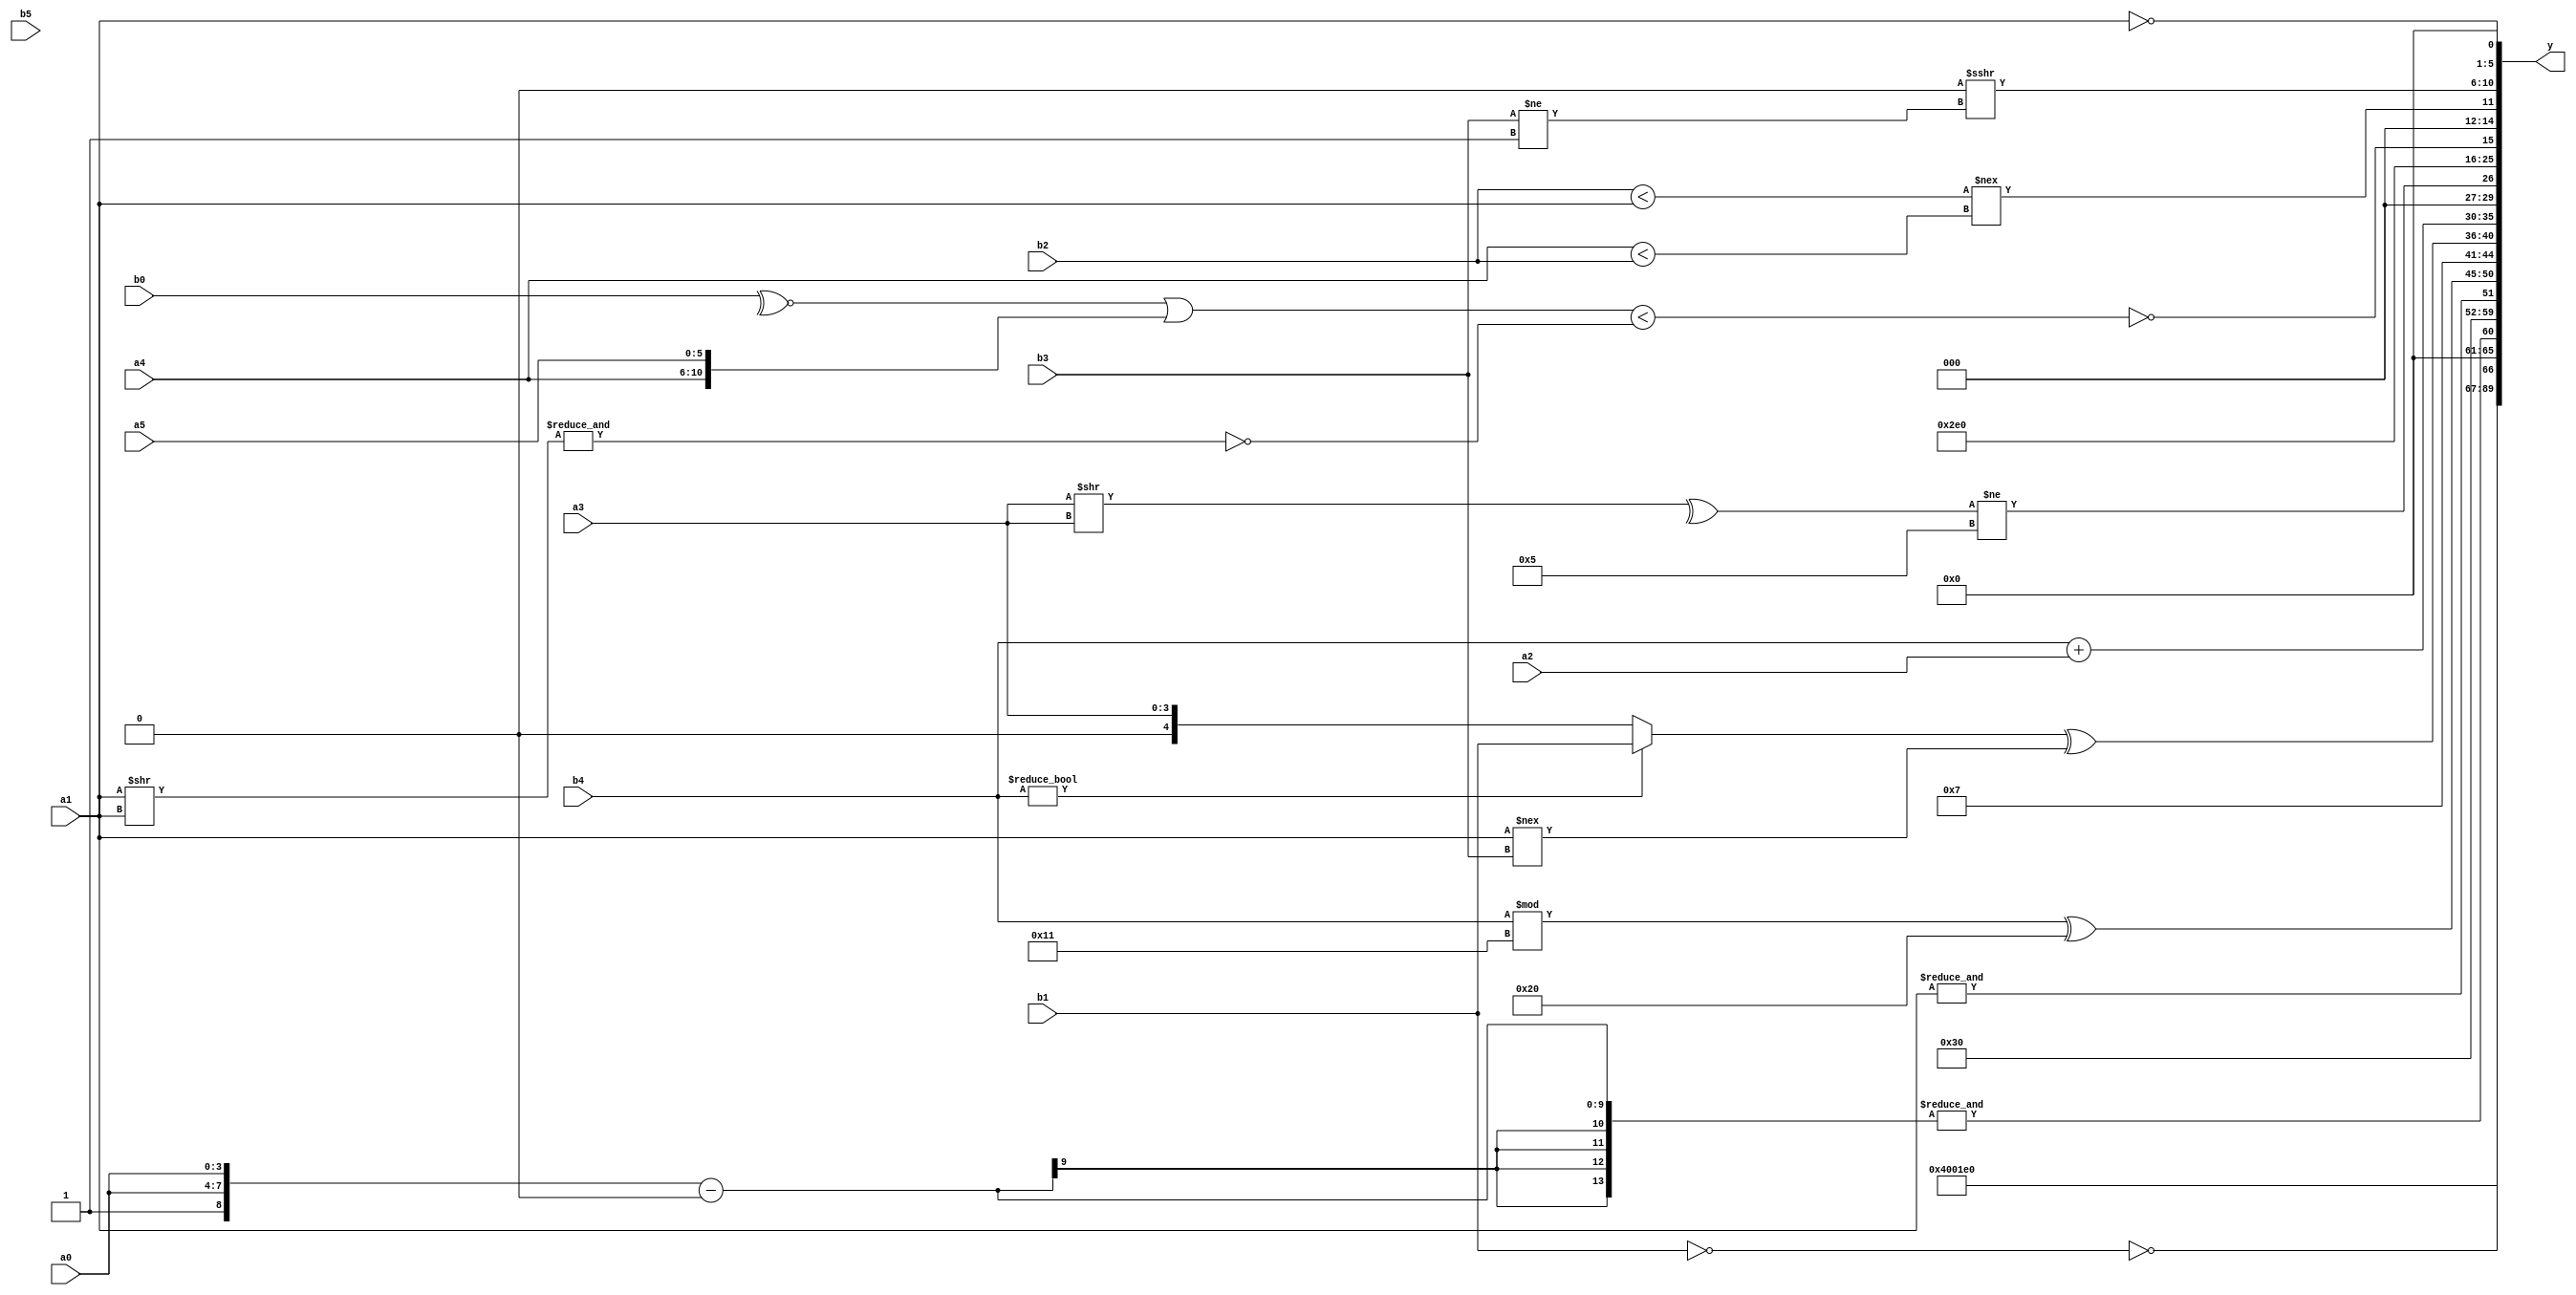
module expression_00997(a0, a1, a2, a3, a4, a5, b0, b1, b2, b3, b4, b5, y);
  input [3:0] a0;
  input [4:0] a1;
  input [5:0] a2;
  input signed [3:0] a3;
  input signed [4:0] a4;
  input signed [5:0] a5;

  input [3:0] b0;
  input [4:0] b1;
  input [5:0] b2;
  input signed [3:0] b3;
  input signed [4:0] b4;
  input signed [5:0] b5;

  wire [3:0] y0;
  wire [4:0] y1;
  wire [5:0] y2;
  wire signed [3:0] y3;
  wire signed [4:0] y4;
  wire signed [5:0] y5;
  wire [3:0] y6;
  wire [4:0] y7;
  wire [5:0] y8;
  wire signed [3:0] y9;
  wire signed [4:0] y10;
  wire signed [5:0] y11;
  wire [3:0] y12;
  wire [4:0] y13;
  wire [5:0] y14;
  wire signed [3:0] y15;
  wire signed [4:0] y16;
  wire signed [5:0] y17;

  output [89:0] y;
  assign y = {y0,y1,y2,y3,y4,y5,y6,y7,y8,y9,y10,y11,y12,y13,y14,y15,y16,y17};

  localparam [3:0] p0 = ((5'sd0)<<<(-3'sd2));
  localparam [4:0] p1 = ((~&({4{(5'sd13)}}===((2'd0)==(2'd0))))!=(((2'd1)<=(3'd4))!=(&{3{(3'sd1)}})));
  localparam [5:0] p2 = {{(-3'sd2),(3'sd3),(-5'sd13)},(|{(-4'sd6)})};
  localparam signed [3:0] p3 = ({(-5'sd13),((4'd11)===(-3'sd3))}<<{((3'd7)<<<(4'd9)),{{1{(4'd8)}}}});
  localparam signed [4:0] p4 = (!(2'sd0));
  localparam signed [5:0] p5 = (-3'sd2);
  localparam [3:0] p6 = (({(3'd2),(2'sd1),(-3'sd0)}||(~&(3'd4)))-{1{(((3'd0)^~(2'd1))==((2'sd0)>=(-2'sd1)))}});
  localparam [4:0] p7 = {2{(-3'sd3)}};
  localparam [5:0] p8 = (~^(((-2'sd0)?(5'd19):(5'd24))?((2'd0)&&(5'd26)):((2'sd1)?(5'd23):(-5'sd12))));
  localparam signed [3:0] p9 = (|{3{(4'd0)}});
  localparam signed [4:0] p10 = (4'd2 * ((2'd0)<(3'd6)));
  localparam signed [5:0] p11 = (2'd3);
  localparam [3:0] p12 = {1{(((2'd1)?(2'sd1):(-3'sd2))?((3'd6)?(-4'sd3):(3'd4)):((4'd15)?(4'd5):(3'd4)))}};
  localparam [4:0] p13 = {4{((-2'sd1)^(4'd14))}};
  localparam [5:0] p14 = {(((4'd3)>>((4'sd3)!=(2'sd1)))<=(((-4'sd2)^(4'sd4))>((4'sd2)!=(3'd2))))};
  localparam signed [3:0] p15 = (2'sd0);
  localparam signed [4:0] p16 = (-3'sd0);
  localparam signed [5:0] p17 = (-3'sd3);

  assign y0 = (5'sd8);
  assign y1 = (-2'sd0);
  assign y2 = ((^(~^p3)));
  assign y3 = (5'd14);
  assign y4 = (~|((!b1)<<(&p10)));
  assign y5 = (&({p14,a0,a0}-(^(p13+p11))));
  assign y6 = ((5'sd2)|{1{((p5>=p5)!={2{p12}})}});
  assign y7 = (+(~^(&(~&({$unsigned((|(~^{(~(~(~&a1)))})))})))));
  assign y8 = (((&(4'sd6))?(-5'sd12):(b4%p13))^((5'sd1)<<(-3'sd3)));
  assign y9 = {3{((|(-3'sd3)))}};
  assign y10 = ((b4?b1:a3)^(a1!==b3));
  assign y11 = {1{{3{{2{(b4+a2)}}}}}};
  assign y12 = ((+$signed((^(a3>>a3))))!=(4'sd5));
  assign y13 = (5'd23);
  assign y14 = (^(~^(((~^b0)|{a4,a5})<(~&((a1>>a1))))));
  assign y15 = ((b2<a1)!==(a4<b2));
  assign y16 = ((2'd0)>>>(b3!=p14));
  assign y17 = (!{a1});
endmodule